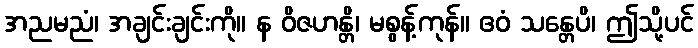
အညမညံ၊ အချင်းချင်းကို။ န ဝိဇဟန္တိ၊ မစွန့်ကုန်။ ဧဝံ သန္တေပိ၊ ဤသို့ပင်